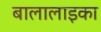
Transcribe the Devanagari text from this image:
बालालाइका